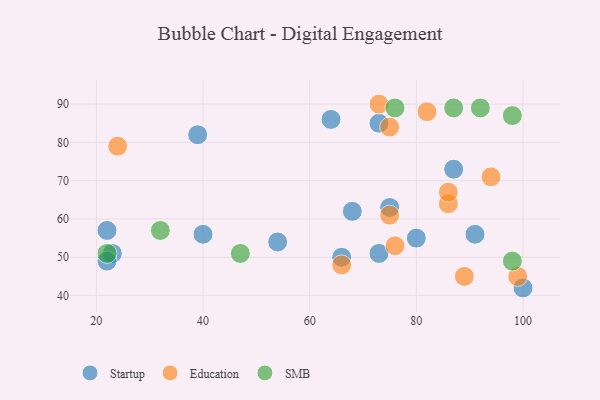
{"axis": {"x": "GDP", "y": "Life Expectancy"}, "legend": ["Education", "SMB", "Startup"], "data": [{"x": "73", "y": 85, "type": "Startup"}, {"x": "23", "y": 51, "type": "Startup"}, {"x": "68", "y": 62, "type": "Startup"}, {"x": "66", "y": 50, "type": "Startup"}, {"x": "64", "y": 86, "type": "Startup"}, {"x": "54", "y": 54, "type": "Startup"}, {"x": "40", "y": 56, "type": "Startup"}, {"x": "73", "y": 51, "type": "Startup"}, {"x": "100", "y": 42, "type": "Startup"}, {"x": "22", "y": 49, "type": "Startup"}, {"x": "75", "y": 63, "type": "Startup"}, {"x": "80", "y": 55, "type": "Startup"}, {"x": "87", "y": 73, "type": "Startup"}, {"x": "22", "y": 57, "type": "Startup"}, {"x": "91", "y": 56, "type": "Startup"}, {"x": "39", "y": 82, "type": "Startup"}, {"x": "75", "y": 61, "type": "Education"}, {"x": "76", "y": 53, "type": "Education"}, {"x": "94", "y": 71, "type": "Education"}, {"x": "82", "y": 88, "type": "Education"}, {"x": "73", "y": 90, "type": "Education"}, {"x": "75", "y": 84, "type": "Education"}, {"x": "86", "y": 64, "type": "Education"}, {"x": "86", "y": 67, "type": "Education"}, {"x": "66", "y": 48, "type": "Education"}, {"x": "24", "y": 79, "type": "Education"}, {"x": "89", "y": 45, "type": "Education"}, {"x": "99", "y": 45, "type": "Education"}, {"x": "87", "y": 89, "type": "SMB"}, {"x": "47", "y": 51, "type": "SMB"}, {"x": "76", "y": 89, "type": "SMB"}, {"x": "98", "y": 87, "type": "SMB"}, {"x": "98", "y": 49, "type": "SMB"}, {"x": "92", "y": 89, "type": "SMB"}, {"x": "22", "y": 51, "type": "SMB"}, {"x": "32", "y": 57, "type": "SMB"}]}